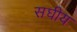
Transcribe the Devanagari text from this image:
सघीय